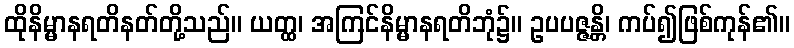
ထိုနိမ္မာနရတိနတ်တို့သည်။ ယတ္ထ၊ အကြင်နိမ္မာနရတိဘုံ၌။ ဥပပဇ္ဇန္တိ၊ ကပ်၍ဖြစ်ကုန်၏။